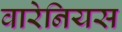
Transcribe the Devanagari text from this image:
वारेनियस